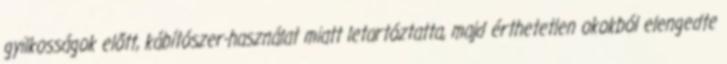
gyilkosságok előtt, kábítószer-használat miatt letartóztatta, majd érthetetlen okokból elengedte